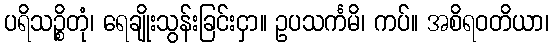
ပရိသဉ္စိတုံ၊ ရေချိုးသွန်းခြင်းငှာ။ ဥပသင်္ကမိ၊ ကပ်။ အစိရဝတိယာ၊